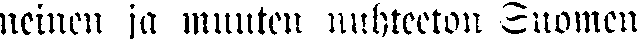
neinen ja muuten nuhteeton Suomen